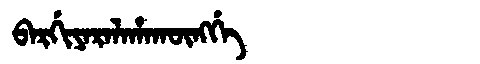
Manchu: ᠪᠠᡵᡤᡳᠶᠠᡵᠠᠯᠠᡥᠠᡴᡡᠩᡤᡝ
Romanization: BARGIYARALAHAKŪNGGE